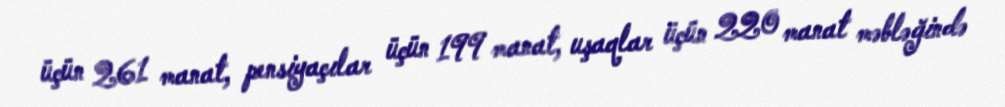
üçün 261 manat, pensiyaçılar üçün 199 manat, uşaqlar üçün 220 manat məbləğində